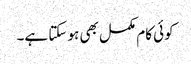
کوئی کام مکمل بھی ہو سکتا ہے۔